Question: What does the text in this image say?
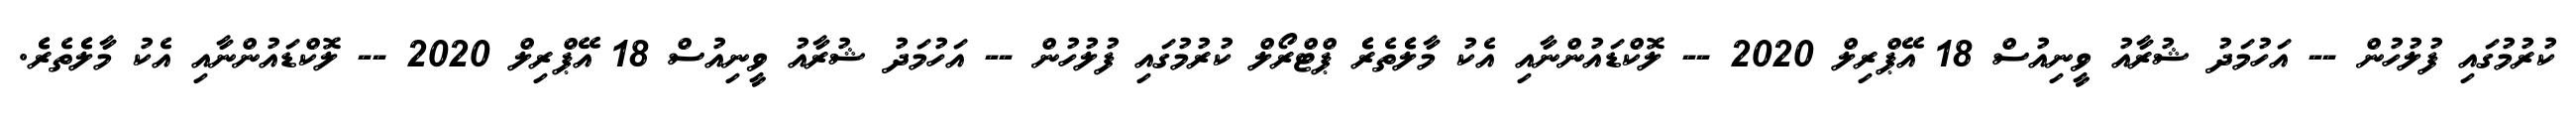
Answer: ކުރުމުގައި ފުލުހުން -- އަހުމަދު ޝުރާއު ވީނިއުސް 18 އޭޕްރިލް 2020 -- ލޮކްޑައުންނާއި އެކު މާލެެތެރެެ ޕްޓްރޯލް ކުރުމުގައި ފުލުހުން -- އަހުމަދު ޝުރާއު ވީނިއުސް 18 އޭޕްރިލް 2020 -- ލޮކްޑައުންނާއި އެކު މާލެެތެރެެ.